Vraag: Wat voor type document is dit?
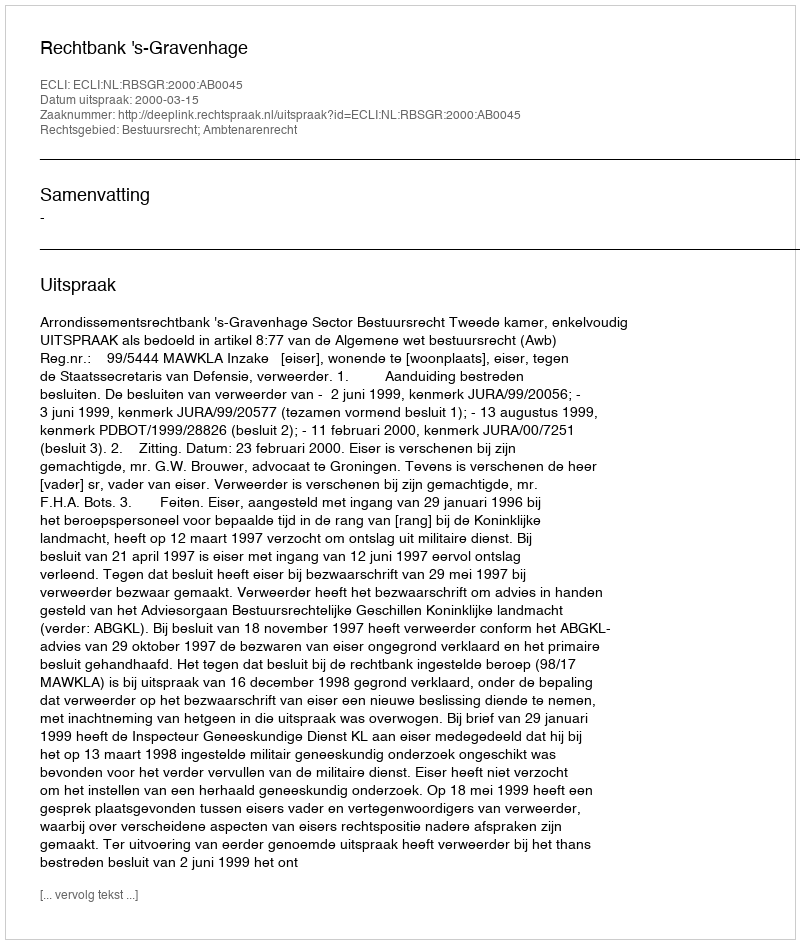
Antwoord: Uitspraak